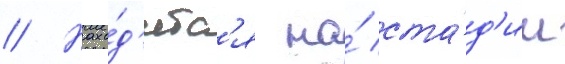
// Нахо́д'итс'я на́ ста́д'ии